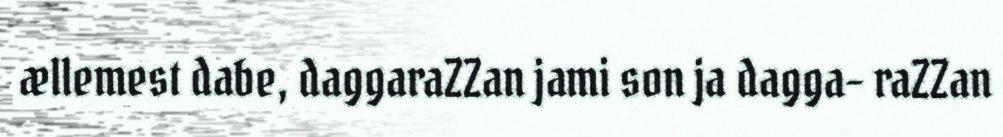
ællemest dabe, daggaraZZan jami son ja dagga- raZZan